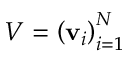
V = \left( \mathbf { v } _ { i } \right) _ { i = 1 } ^ { N }